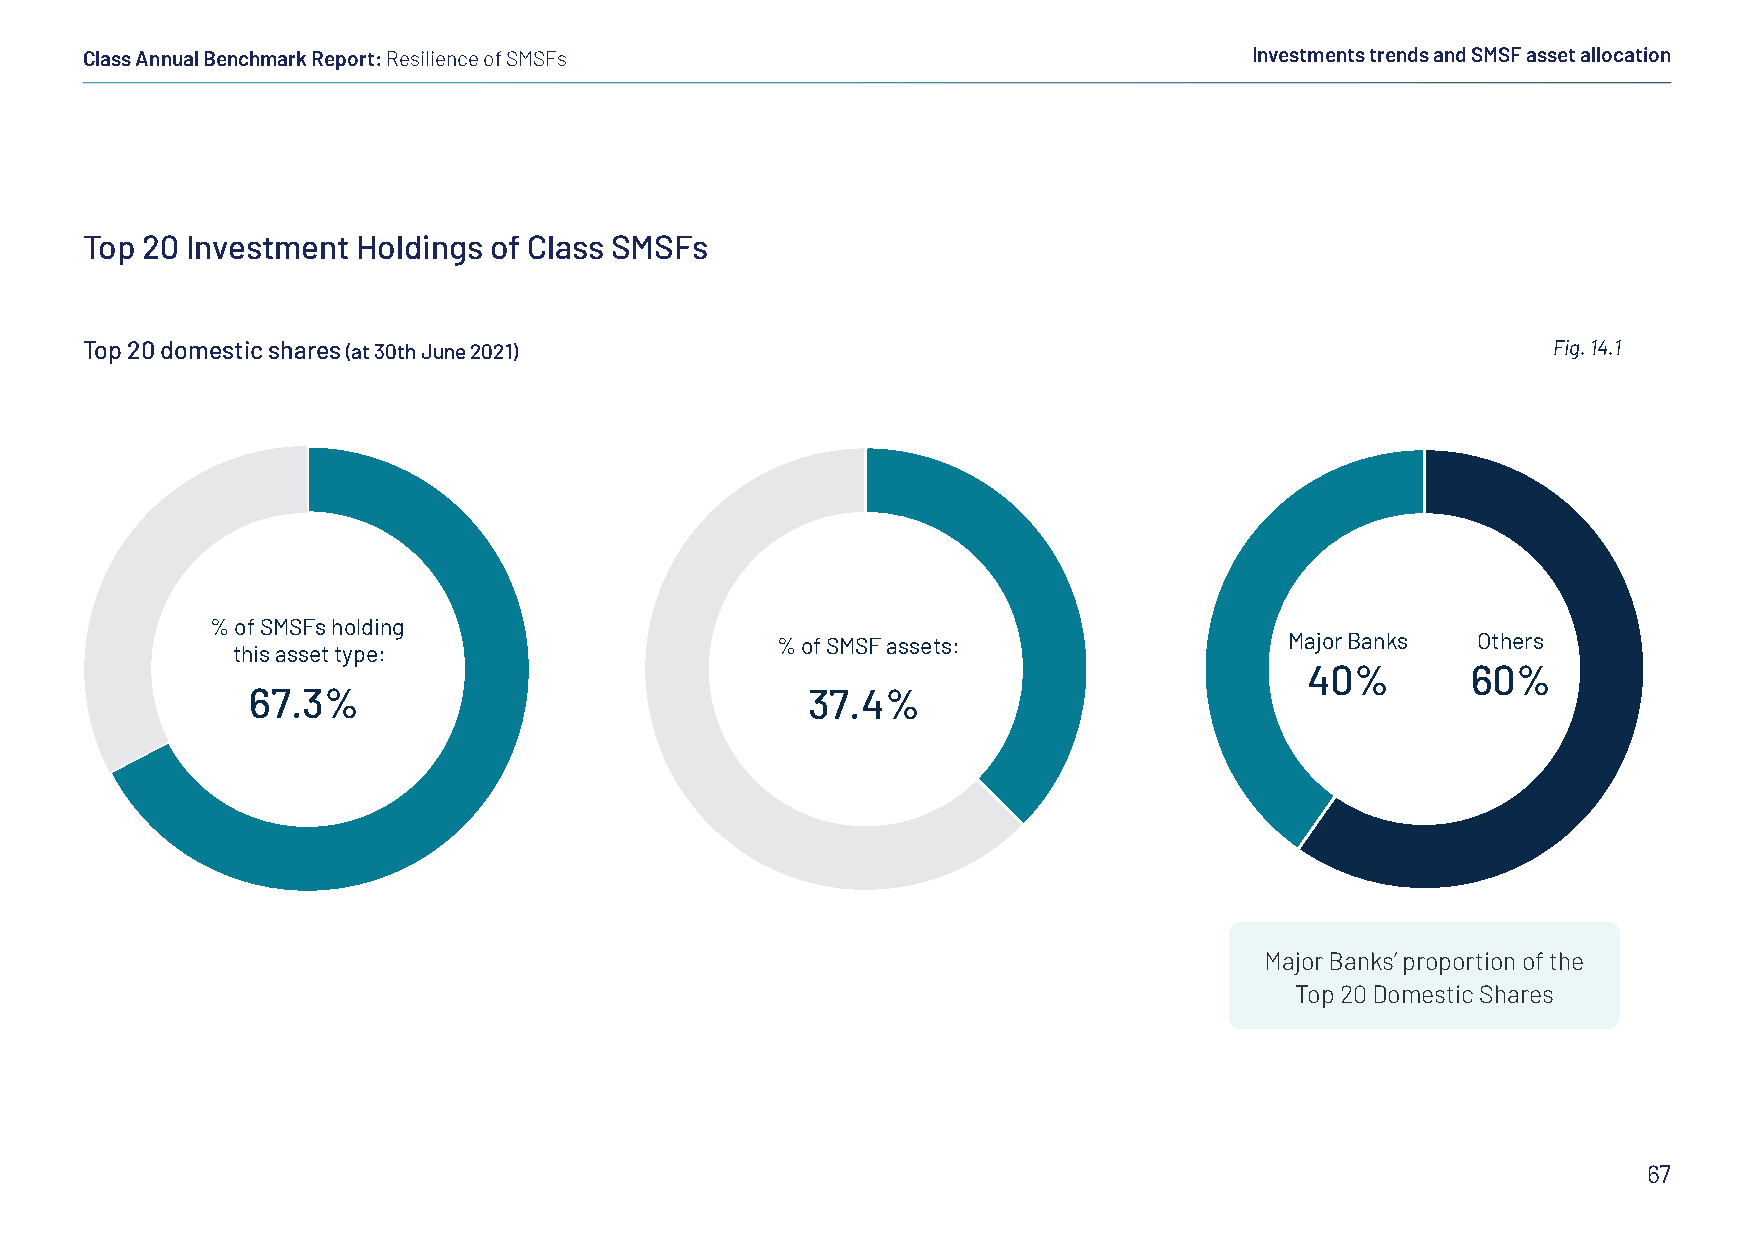
Class Annual Benchmark Report: Resilience of SMSFs                            Investments trends and SMSF asset allocation
 Top 20 Investment  Holdings of Class SMSFs
 Top 20 domestic shares (at 30th June 2021)                                                        Fig. 14.1
 % of SMSFs holding
 % of SMSF assets:                 Major Banks  Others
 this asset type:
 40%       60%
 67.3%                                37.4%
 Major Banks’ proportion of the
 Top 20 Domestic Shares
 67